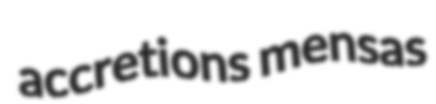
accretions mensas